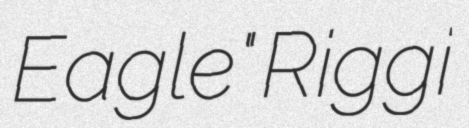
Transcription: Eagle" Riggi